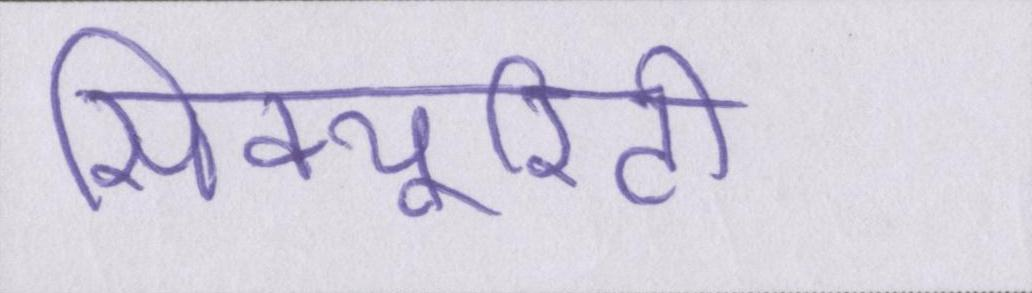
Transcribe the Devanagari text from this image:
सिक्यूरिटी